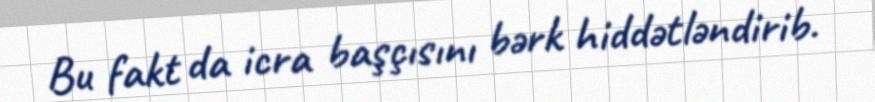
Bu fakt da icra başçısını bərk hiddətləndirib.